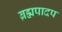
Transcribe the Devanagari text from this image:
ब्रह्मपादप